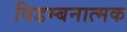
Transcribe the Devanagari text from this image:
विडम्बनात्मक